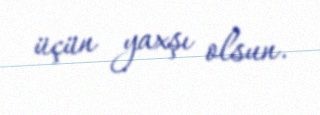
üçün yaxşı olsun.